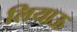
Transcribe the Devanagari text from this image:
लियाऊ